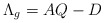
\begin{align*} \Lambda_{g} = AQ-D \end{align*}